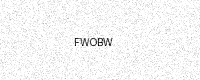
Text: FWOBW